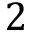
2